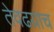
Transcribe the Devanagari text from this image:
तेवढय़ाच